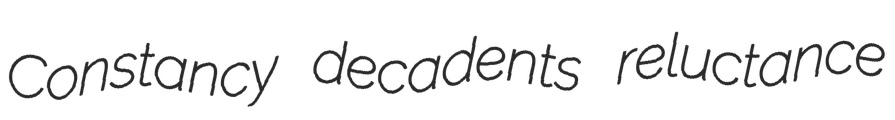
Constancy decadents reluctance